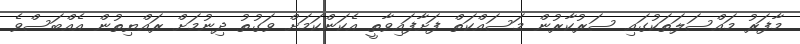
މާފަރު މައްސަލަތަކުގައި ސަރުކާރުން މަސައްކަތް ފަށާފައިވާތީ އެކަންކަމަށް ވަގުތު ދިނުމަށް ރައްޔިތުން އެއްބަސްވެ